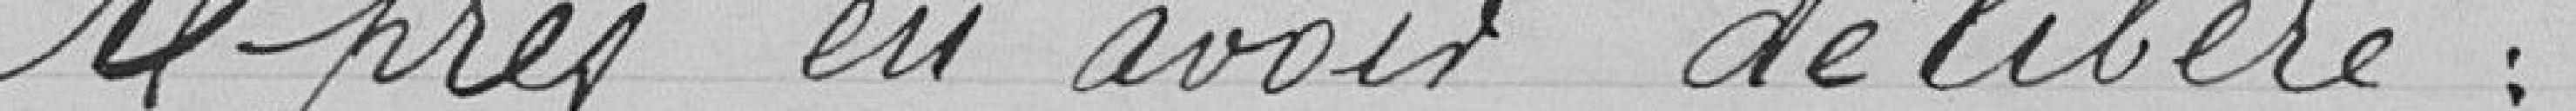
Après en avoir délibéré :